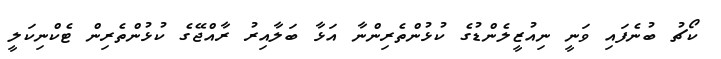
ކޯޗު ބުނެފައި ވަނީ ނިއުޒީލެންޑުގެ ކުޅުންތެރިންނާ އަޅާ ބަލާއިރު ރާއްޖޭގެ ކުޅުންތެރިން ޓެކްނިކަލީ